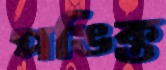
পঙিক্ত